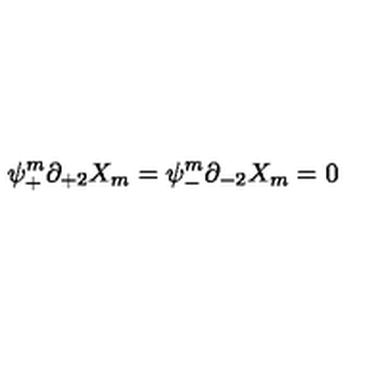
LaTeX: \psi _ { + } ^ { m } \partial _ { + 2 } X _ { m } = \psi _ { - } ^ { m } \partial _ { - 2 } X _ { m } = 0